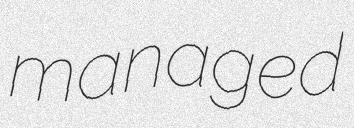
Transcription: managed